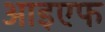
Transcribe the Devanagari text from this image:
आइएफ